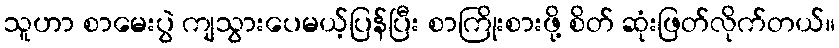
သူဟာ စာမေးပွဲ ကျသွားပေမယ့်ပြန်ပြီး စာကြိုးစားဖို့ စိတ် ဆုံးဖြတ်လိုက်တယ်။